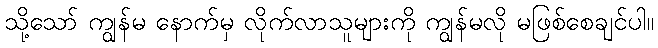
သို့သော် ကျွန်မ နောက်မှ လိုက်လာသူများကို ကျွန်မလို မဖြစ်စေချင်ပါ။